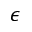
{ \epsilon }